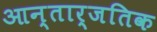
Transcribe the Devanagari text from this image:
आन्तार्जतिक